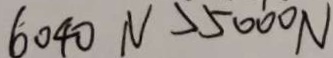
6 0 4 0 N > 5 0 0 0 N